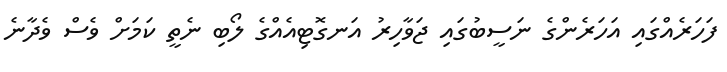
ފަހަރެއްގައި އަހަރެންގެ ނަސީބުގައި ޖަވާހިރު އަނގޮޓިއެއްގެ ލޯބި ނެތީ ކަމަށް ވެސް ވެދާނެ